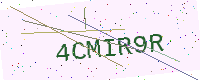
Text: 4CMIR9R